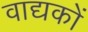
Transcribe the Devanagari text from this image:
वाद्यकों